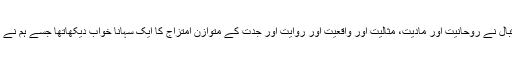
اس شاعر فردا اقبال نے روحانیت اور مادیت، مثالیت اور واقعیت اور روایت اور جدت کے متوازن امتزاج کا ایک سہانا خواب دیکھاتھا جسے ہم نے مٹی میں ملا دیا۔